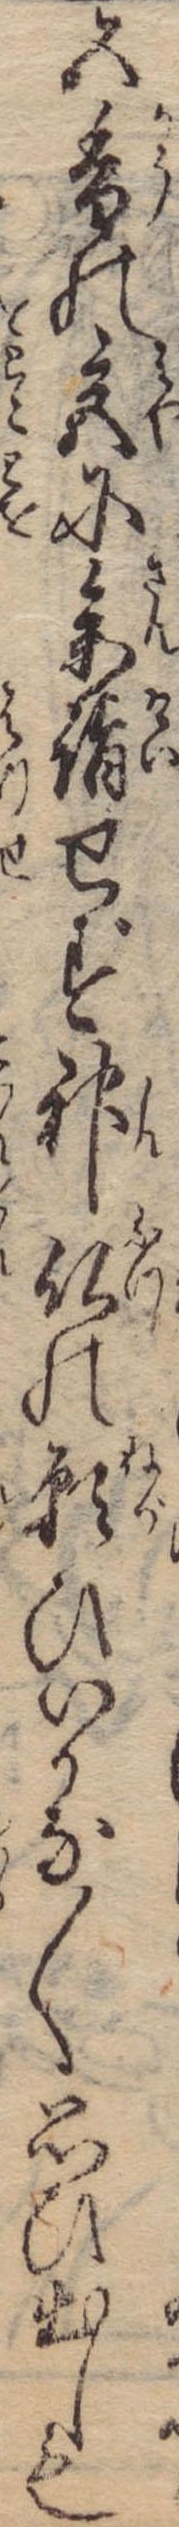
五香の宮に参詣せず神仏の願ひいかな〱思ひ出しも